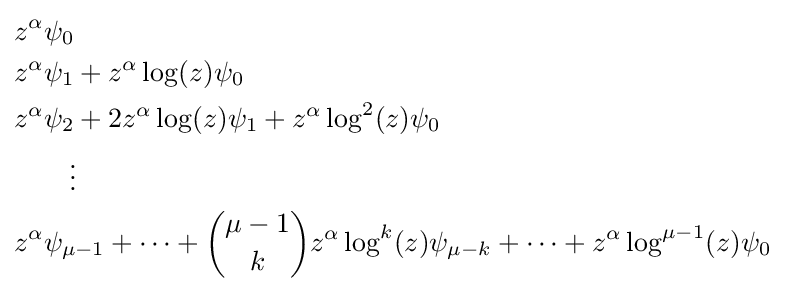
{\begin{aligned}&z^{\alpha }\psi _{0}\\&z^{\alpha }\psi _{1}+z^{\alpha }\log(z)\psi _{0}\\&z^{\alpha }\psi _{2}+2z^{\alpha }\log(z)\psi _{1}+z^{\alpha }\log ^{2}(z)\psi _{0}\\&\qquad \vdots \\&z^{\alpha }\psi _{\mu -1}+\cdots +{\binom {\mu -1}{k}}z^{\alpha }\log ^{k}(z)\psi _{\mu -k}+\cdots +z^{\alpha }\log ^{\mu -1}(z)\psi _{0}\end{aligned}}